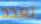
تعدد